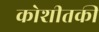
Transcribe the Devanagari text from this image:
कोशीतकी